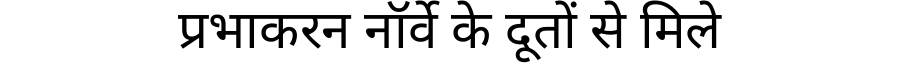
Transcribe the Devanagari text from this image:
प्रभाकरन नॉर्वे के दूतों से मिले